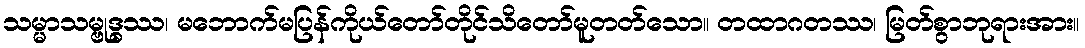
သမ္မာသမ္ဗုဒ္ဓဿ၊ မဘောက်မပြန်ကိုယ်တော်တိုင်သိတော်မူတတ်သော။ တထာဂတဿ၊ မြတ်စွာဘုရားအား။